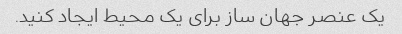
یک عنصر جهان ساز برای یک محیط ایجاد کنید.